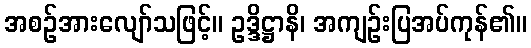
အစဉ်အားလျော်သဖြင့်။ ဥဒ္ဒိဋ္ဌာနိ၊ အကျဉ်းပြအပ်ကုန်၏။